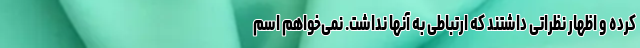
کرده و اظهار نظراتی داشتند که ارتباطی به آنها نداشت. نمی‌خواهم اسم